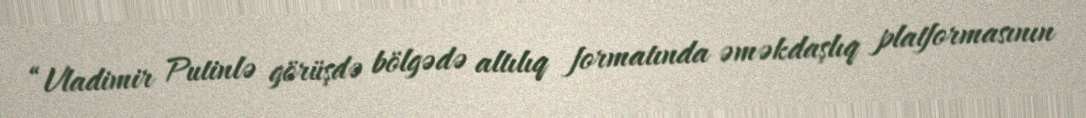
“Vladimir Putinlə görüşdə bölgədə altılıq formatında əməkdaşlıq platformasının